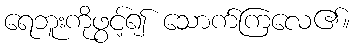
ရေဘူးကိုဖွင့်၍ သောက်ကြလေ၏။